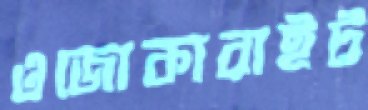
ওজোকারাইট